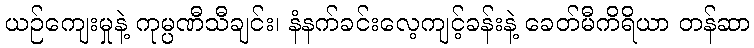
ယဉ်ကျေးမှုနဲ့ ကုမ္ပဏီသီချင်း၊ နံနက်ခင်းလေ့ကျင့်ခန်းနဲ့ ခေတ်မီကိရိယာ တန်ဆာ